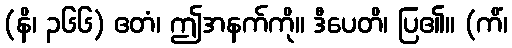
(နိ၊ ၃၆၆) ဧတံ၊ ဤအနက်ကို။ ဒီပေတိ၊ ပြ၏။ (ကိံ၊